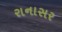
રાનાસર